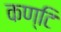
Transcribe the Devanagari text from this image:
कण्टि